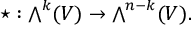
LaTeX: \star : { \textstyle \bigwedge } ^ { k } ( V ) \rightarrow { \textstyle \bigwedge } ^ { n - k } ( V ) .